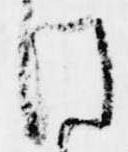
け